Medical and sanitary report of the native army of Bengal for the year
Year: 1874
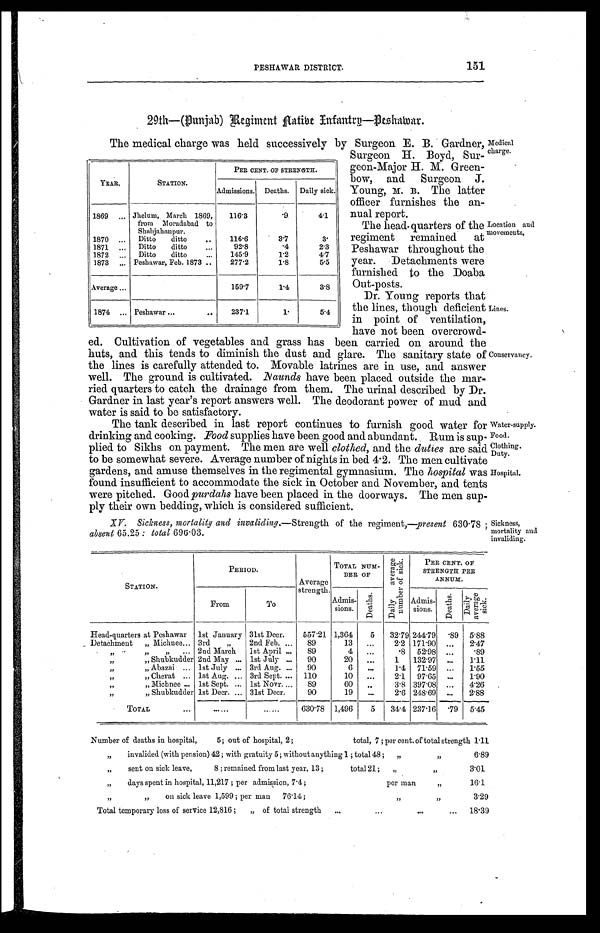
PESHAWAR DISTRICT
151
Medical
charge.
Location and
movements.
29th—(Punjab) Regiment Native Infantry—Peshawar.
The medical charge was held successively by Surgeon E. B. Gardner,
Surgeon H. Boyd, Sur
-geon-Major H. M. Green-
bow, and Surgeon J.
Young, M. B. The latter
officer furnishes the an
-nual
report.
The head-quarters of the
regiment remained at
Peshawar throughout the
year. Detachments were
furnished to the Doaba
Out-posts.
Dr. Young reports that
the lines, though deficient
in point of ventilation,
have not been overcrowd-
ed. Cultivation of vegetables and grass has been carried on around the
huts, and this tends to diminish the dust and glare. The sanitary state of
the lines is carefully attended to. Movable latrines are in use, and answer
well. The ground is cultivated. Naunds have been placed outside the mar
-ried quarters to catch the drainage from them. The urinal described by Dr.
Gardner in last year's report answers well. The deodorant power of mud and
water is said to be satisfactory.
The tank described in last report continues to furnish good water for
drinking and cooking. Food supplies have been good and abundant. Rum is sup
- p l i e d t o S i k h s o n p a y m e n t . T h e m e n a r e w e l lc
l o t h e d ,
a n d t h e
d u t i e s
a r e s a i d
to be somewhat severe. Average number of nights in bed 4.2. The men cultivate
gardens, and amuse themselves in the regimental gymnasium. The hospital was
found insufficient to accommodate the sick in October and November, and tents
were pitched. Good purdahs have been placed in the doorways. The men sup
- p l y t h e i r o w n b e d d i n g , w h i c h i s c o n s i d e r e d s u f f i c i e n t .
YEAR.
STATION.
PER CENT. OF STRENGTH.
Admissions. Deaths. Daily sick.
1869
Jhelum, March 1869,
from Moradabad to
Shahjahanpur.
116.3
. 9
4.1
1870
Ditto ditto
116.6
3.7
3 .
1871
Ditto ditto
92.8
.4
2.3
1872
Ditto ditto
145.9
1.2
4.7
1873
Peshawar, Feb. 1873
277.2
1.8
5.5
Average
159.7
1 . 4
3.8
1874
Peshawar
237.1
1 .
5.4
Lines.
Conservancy .
Water-supply.
Food.
Clothing.
Duty.
Hospital.
Sickness,
mortality and
invaliding.
XV. Sickness, mortality and invaliding. —Strength of the regiment,—present 630.78;
absent 65.25: total 696.03.
STATION.
PERIOD.
Average
strength.
TOTAL NUM-
BER OF
D a i l y a v e r a g e
n u m b e r o f s i c k .
PER CENT. OF
STRENGTH PER
ANNUM.
From
To
Admis-
sions.
Deaths.
Admis-
sions.
D e a t h s .
Daily a v e r a g e
sick.
Head-quarters at Peshawar 1st January 31st Decr. 557.21 1,364 5 32.79 244.79
. 8 9 5.88
Detachment „ Michnee 3rd „ 2nd Feb.
89
13
2.2 171.90
2.47
_ „ „ „
2nd March 1st April
89
4
. 8 52.98
. 8 9
„ „
Shubkudder 2nd May
1st July
90
20
1 132.97
1.11
„ „
Abazai
1st July
3rd Aug.
90
6
1 . 4 71.59
1 . 5 5
„ „
Cherat
1st Aug.
3rd Sept.
110
10
2.1 97.65
1.90
„ „
Michnee 1st Sept.
1st Novr.
89
60
3.8 397.08
4.26
„ „
S h u b k u d d e r
1st Decr. 31st Decr.
90
19
2.6 248.69
2.88
TOTAL
630.78 1,496
5
3 4 . 4
237.16
. 7 9 5.45
Number of deaths in hospital, 5; out of hospital, 2; total, 7; per cent. of total strength 1.11
„
invalided (with pension) 42; with gratuity 5; without anything 1; total 48; „ „
6.89
„
sent on sick leave, 8; remained from last year, 13; total 21;
„ „
3.01
„
days spent in hospital, 11,217; per admission, 7.4; per man
„
16.1
„ „
on sick leave 1,599; per man 76.14;
„ „
3.29
...
Total temporary loss of service 12,816; „ of total strength
18.39